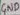
Text: GND